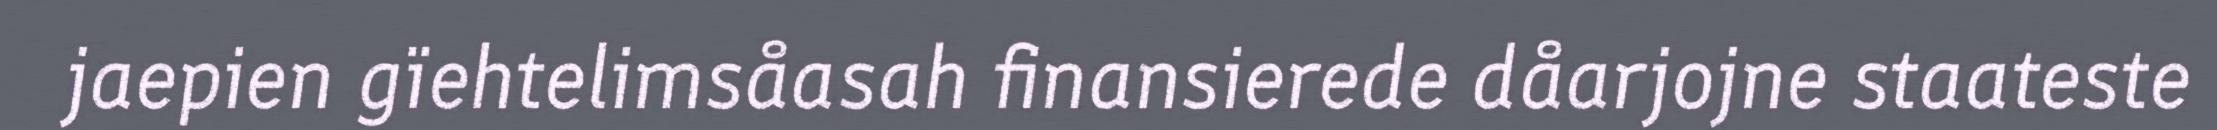
jaepien gïehtelimsåasah finansierede dåarjojne staateste